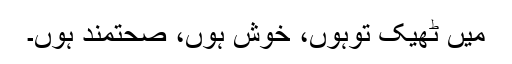
میں ٹھیک توہوں، خوش ہوں، صحتمند ہوں۔